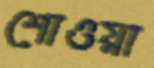
শোওয়া